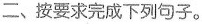
二、按要求完成下列句子。